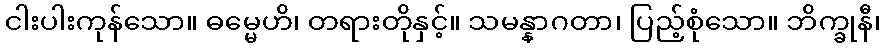
ငါးပါးကုန်သော။ ဓမ္မေဟိ၊ တရားတိုနှင့်။ သမန္နာဂတာ၊ ပြည့်စုံသော။ ဘိက္ခုနီ၊